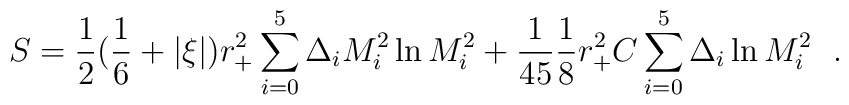
S={1\over 2}({1\over 6}+|\xi | )r^2_+\sum_{i=0}^5 \Delta_iM^2_i\ln M^2_i+{1\over 45}{1\over 8} r^2_+ C \sum_{i=0}^5 \Delta_i\ln M^2_i~~.